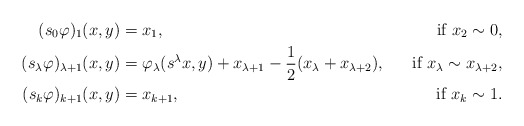
\begin{align*}(s_0\varphi)_1(x,y) & = x_1,& \mbox{if $x_2\sim 0$},\\(s_\lambda\varphi)_{\lambda+1}(x,y) & = \varphi_\lambda(s^\lambda x,y) + x_{\lambda+1} - \frac{1}{2} (x_\lambda +x_{\lambda +2}), & \mbox{if $x_\lambda \sim x_{\lambda +2}$},\\(s_k\varphi)_{k+1}(x,y) & = x_{k+1},& \mbox{if $x_k \sim 1$}.\end{align*}